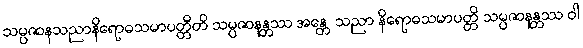
သမ္ပဇာနသညာနိရောဓသမာပတ္တီတိ သမ္ပဇာနန္တဿ အန္တေ သညာ နိရောဓသမာပတ္တိ သမ္ပဇာနန္တဿ ဝါ